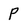
Character: p